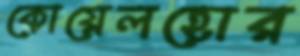
কোয়েলহোর